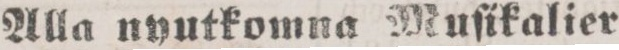
Alla nyutkomna Muſikalier